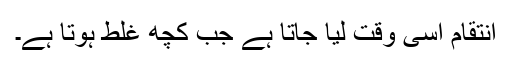
انتقام اسی وقت لیا جاتا ہے جب کچھ غلط ہوتا ہے۔